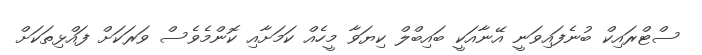
ސްޓްރައިކް ބުނެފައިވަނީ އޭނާއަކީ ބައިބްލް ކިޔަވާ މީހެއް ކަމަށާއި ކޮންމެވެސް ވަރަކަށް ފައްޅިތަކަށް